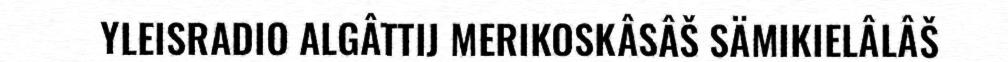
YLEISRADIO ALGÂTTIJ MERIKOSKÂSÂŠ SÄMIKIELÂLÂŠ